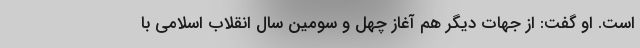
است. او گفت: از جهات دیگر هم آغاز چهل و سومین سال انقلاب اسلامی با